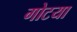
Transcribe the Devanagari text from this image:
गोटया